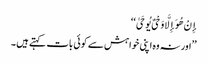
إِنْ هُوَ إِلَّا وَحْیٌ یُوحَیٰ ‘‘
’’اور نہ وه اپنی خواہش سے کوئی بات کہتے ہیں ۔